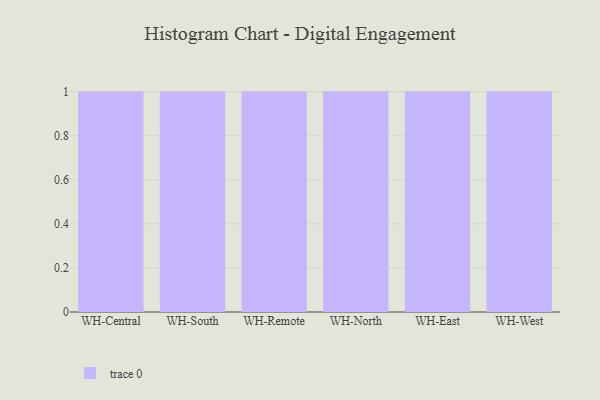
{"axis": {"x": "Warehouse", "y": "Gross Profit (USD K)"}, "legend": [""], "data": [{"x": "WH-Central", "y": 38, "type": ""}, {"x": "WH-South", "y": 74, "type": ""}, {"x": "WH-Remote", "y": 73, "type": ""}, {"x": "WH-North", "y": 47, "type": ""}, {"x": "WH-East", "y": 55, "type": ""}, {"x": "WH-West", "y": 30, "type": ""}]}